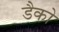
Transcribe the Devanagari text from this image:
डैको